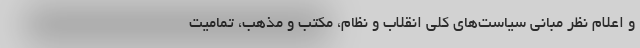
و اعلام نظر مبانی سیاست‌های کلی انقلاب و نظام، مکتب و مذهب، تمامیت